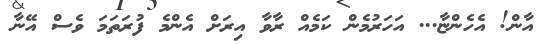
އާން! އެހެންޏާ... އަހަރުމެން ކަމެއް ރާވާ އިރަށް އެންމެ ފުރަތަމަ ވެސް އޭނާ